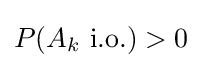
P(A_{k}{\text{ i.o.}})>0